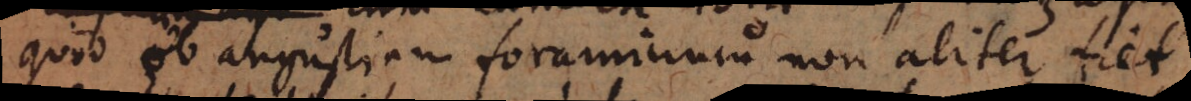
quod ob angustiam foraminum non aliter fiet